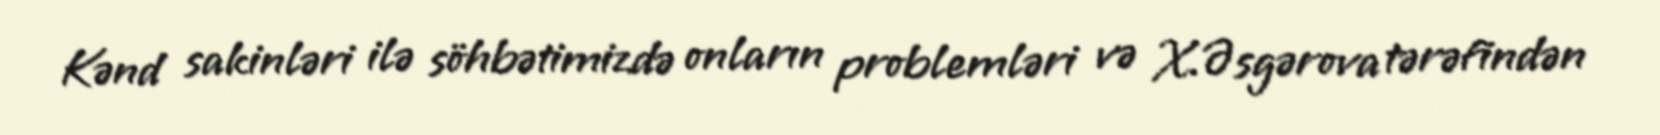
Kənd sakinləri ilə söhbətimizdə onların problemləri və X.Əsgərova tərəfindən